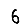
Digit: 6